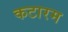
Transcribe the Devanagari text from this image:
कटारम